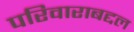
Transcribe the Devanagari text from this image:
परिवाराबद्दल